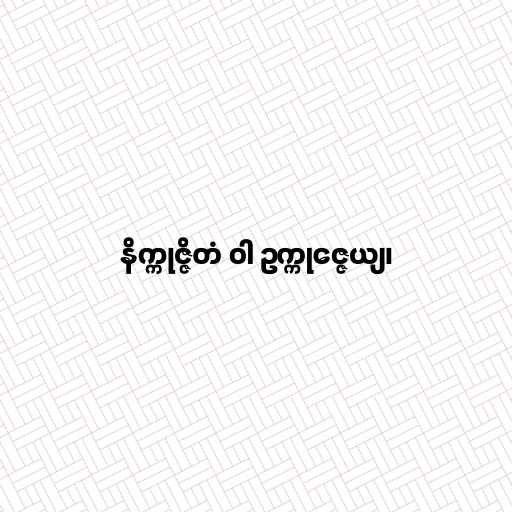
နိက္ကုဇ္ဇိတံ ဝါ ဥက္ကုဇ္ဇေယျ၊